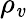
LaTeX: \rho_{\mathit{v}}